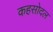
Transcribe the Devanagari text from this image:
कहसोदल